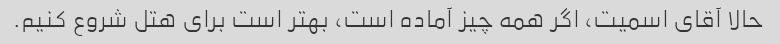
حالا آقای اسمیت، اگر همه چیز آماده است، بهتر است برای هتل شروع کنیم.